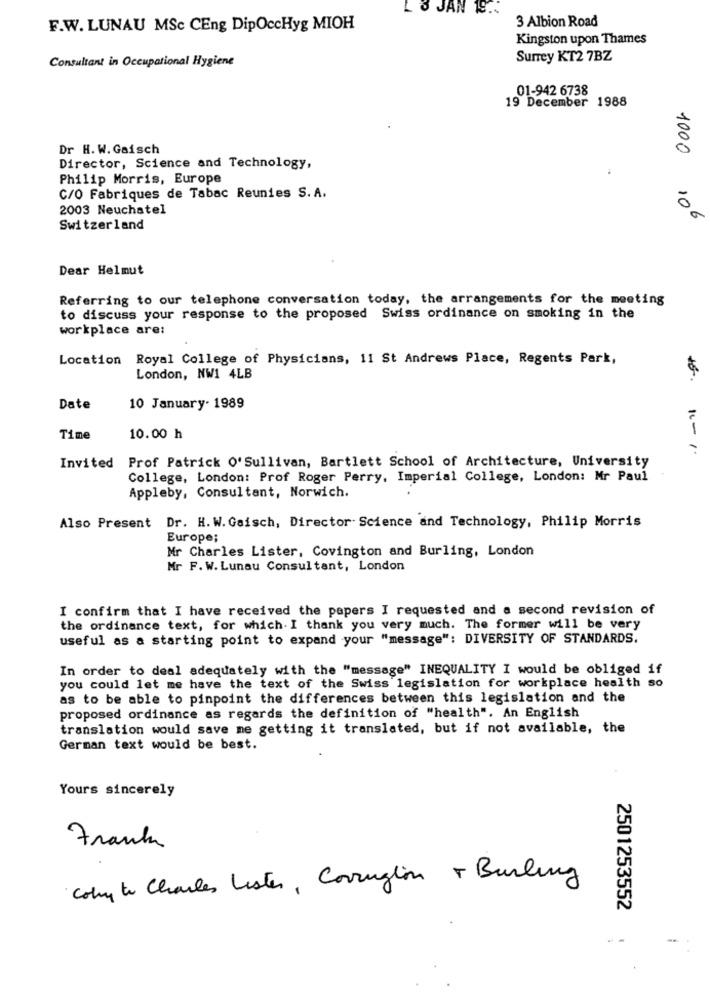
L & JAN 19 ..
3 Albion Road
F.W. LUNAU MSc CEng DipOccHyg MIOH
Kingston upon Thames
Consultant in Occupational Hygiene
Surrey KT2 7BZ
01-942 6738
19 December 1988
Dr H. W. Gaisch
1000
Director, Science and Technology,
Philip Morris, Europe
C/O Fabriques de Tabac Reunies S. A.
2003 Neuchatel
06
Switzerland
Dear Helmut
Referring to our telephone conversation today, the arrangements for the meeting
to discuss your response to the proposed Swiss ordinance on smoking in the
workplace are:
Location Royal College of Physicians, 11 St Andrews Place, Regents Park,
London, NW1 4LB
Date
10 January. 1989
Time
10.00 h
Prof Patrick O' Sullivan, Bartlett School of Architecture, University
16-1
Invited
College, London: Prof Roger Perry, Imperial College, London: Mr Paul
Appleby, Consultant, Norwich.
Also Present Dr. H. W. Gaisch, Director Science and Technology, Philip Morris
Europe;
Mr Charles Lister, Covington and Burling, London
Mr F. W.Lunau Consultant, London
I confirm that I have received the papers I requested and a second revision of
the ordinance text, for which. I thank you very much. The former will be very
useful as a starting point to expand your "message": DIVERSITY OF STANDARDS.
In order to deal adequately with the "message" INEQUALITY I would be obliged if
you could let me have the text of the Swiss legislation for workplace health so
as to be able to pinpoint the differences between this legislation and the
proposed ordinance as regards the definition of "health". An English
translation would save me getting it translated, but if not available, the
German text would be best.
Yours sincerely
Frank
Coby to Charles Lister , Corrugtion & Burling
2501253552
.-
-